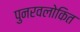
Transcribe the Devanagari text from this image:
पुनरवलोकित